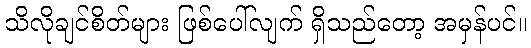
သိလိုချင်စိတ်များ ဖြစ်ပေါ်လျက် ရှိသည်တော့ အမှန်ပင်။